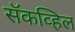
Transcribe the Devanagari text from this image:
सॅकव्हिल